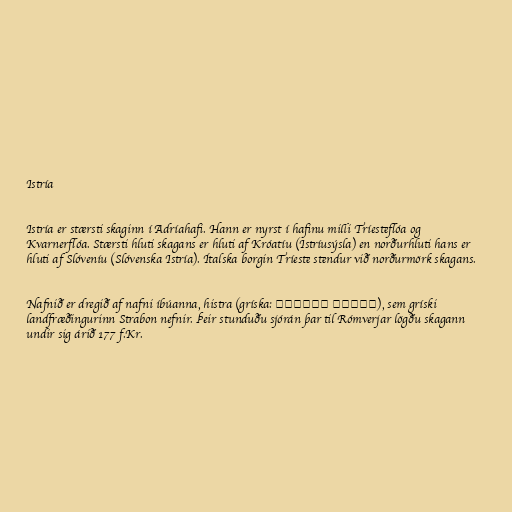
Istría

Istría er stærsti skaginn í Adríahafi. Hann er nyrst í hafinu milli Tríesteflóa og
Kvarnerflóa. Stærsti hluti skagans er hluti af Króatíu (Istríusýsla) en norðurhluti hans er
hluti af Slóveníu (Slóvenska Istría). Ítalska borgin Tríeste stendur við norðurmörk skagans.

Nafnið er dregið af nafni íbúanna, histra (gríska: Ιστρών έθνος), sem gríski
landfræðingurinn Strabon nefnir. Þeir stunduðu sjórán þar til Rómverjar lögðu skagann
undir sig árið 177 f.Kr.